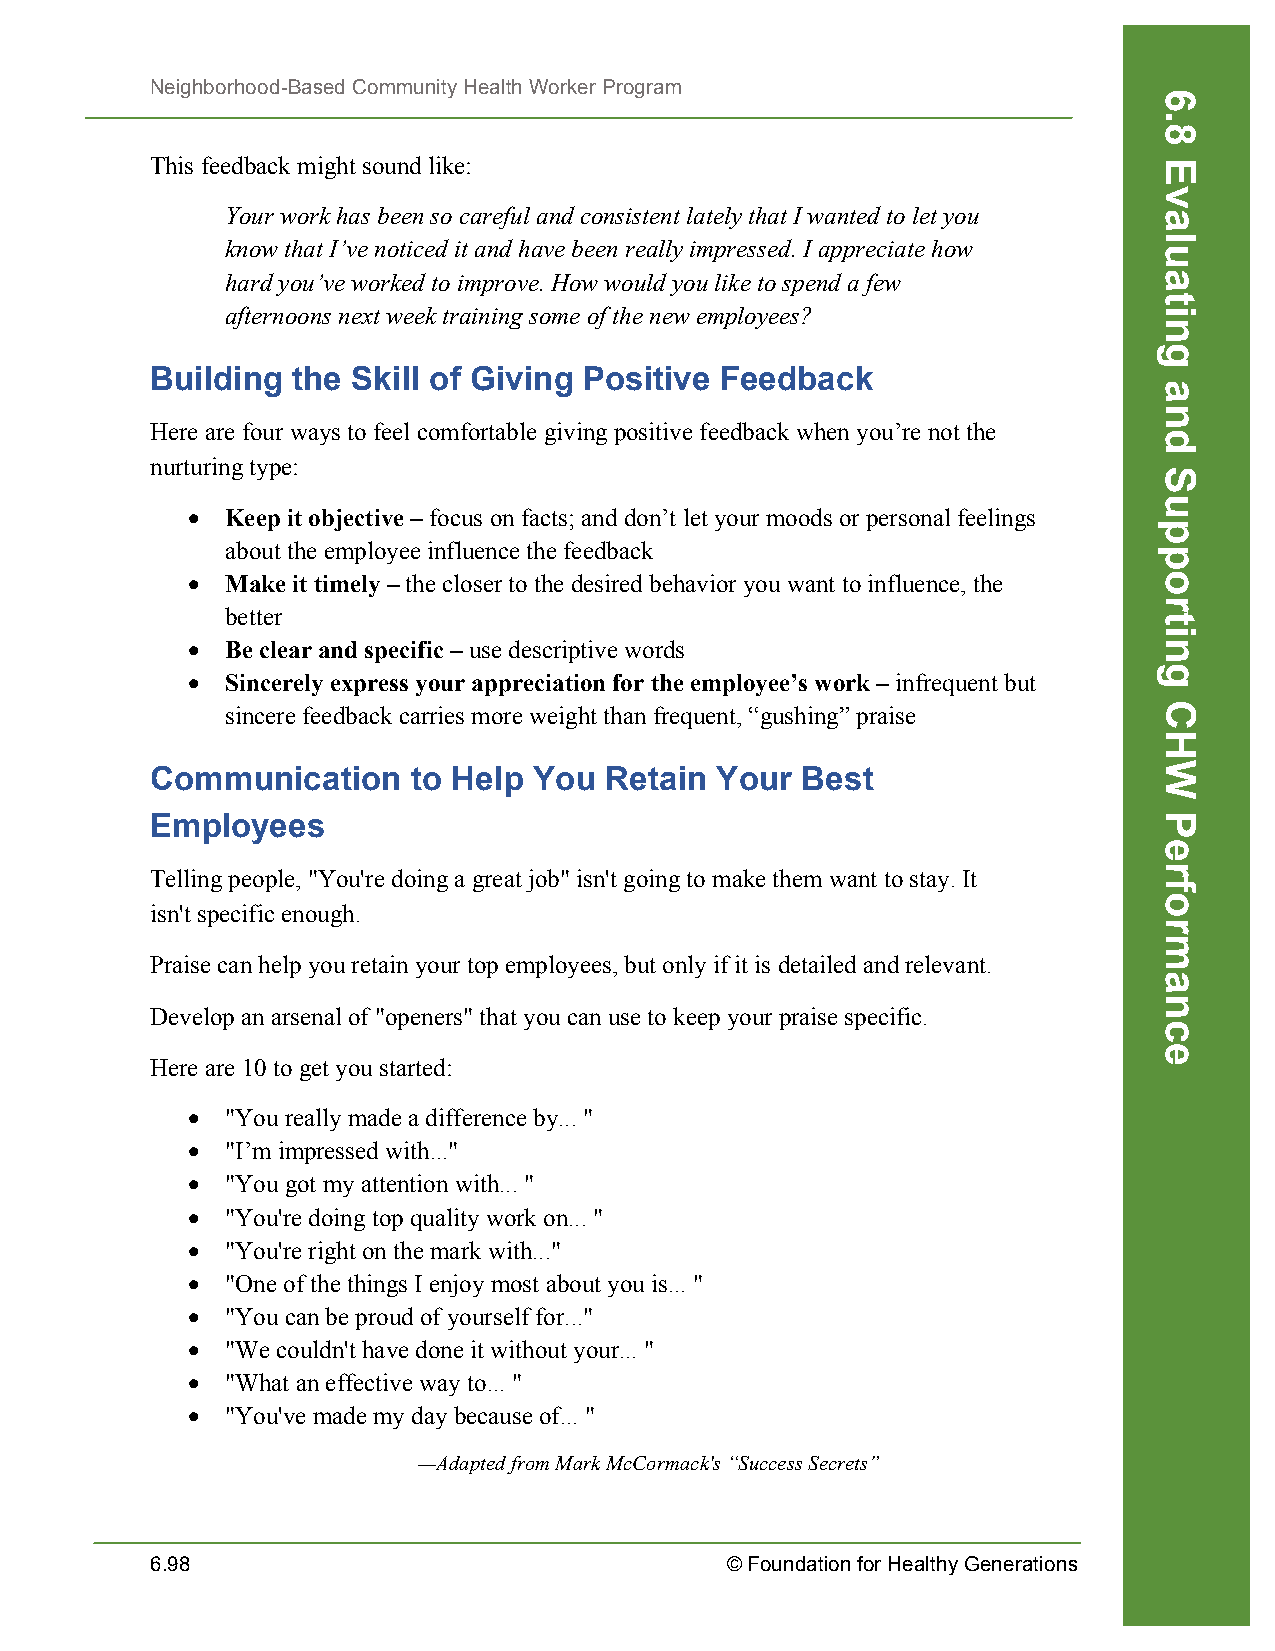
Neighborhood-Based Community Health Worker Program
 This feedback might sound like:
 Your work has been so careful and consistent lately that I wanted to let you
 know that I’ve noticed it and have been really impressed. I appreciate how
 hard you’ve worked to improve. How would you like to spend a few
 afternoons next week training some of the new employees?
 Building the Skill of Giving Positive Feedback
 Here are four ways to feel comfortable giving positive feedback when you’re not the
 nurturing type:
 •  Keep it objective – focus on facts; and don’t let your moods or personal feelings
 about the employee influence the feedback
 •  Make it timely – the closer to the desired behavior you want to influence, the
 better
 •  Be clear and specific – use descriptive words
 •  Sincerely express your appreciation for the employee’s work – infrequent but
 sincere feedback carries more weight than frequent, “gushing” praise
 Communication    to Help You  Retain Your  Best
 Employees
 Telling people, "You're doing a great job" isn't going to make them want to stay. It
 isn't specific enough.
 Praise can help you retain your top employees, but only if it is detailed and relevant.
 Develop an arsenal of "openers" that you can use to keep your praise specific.
 Here are 10 to get you started:
 •  "You really made a difference by... "
 •  "I’m impressed with..."
 •  "You got my attention with... "
 •  "You're doing top quality work on... "
 •  "You're right on the mark with..."
 •  "One of the things I enjoy most about you is... "
 •  "You can be proud of yourself for..."
 •  "We couldn't have done it without your... "
 •  "What an effective way to... "
 •  "You've made my day because of... "
 —Adapted from Mark McCormack's “Success Secrets”
 6.98                                  © Foundation for Healthy Generations
 6.8
 Evaluating
 and
 Supporting
 CHW
 Performance